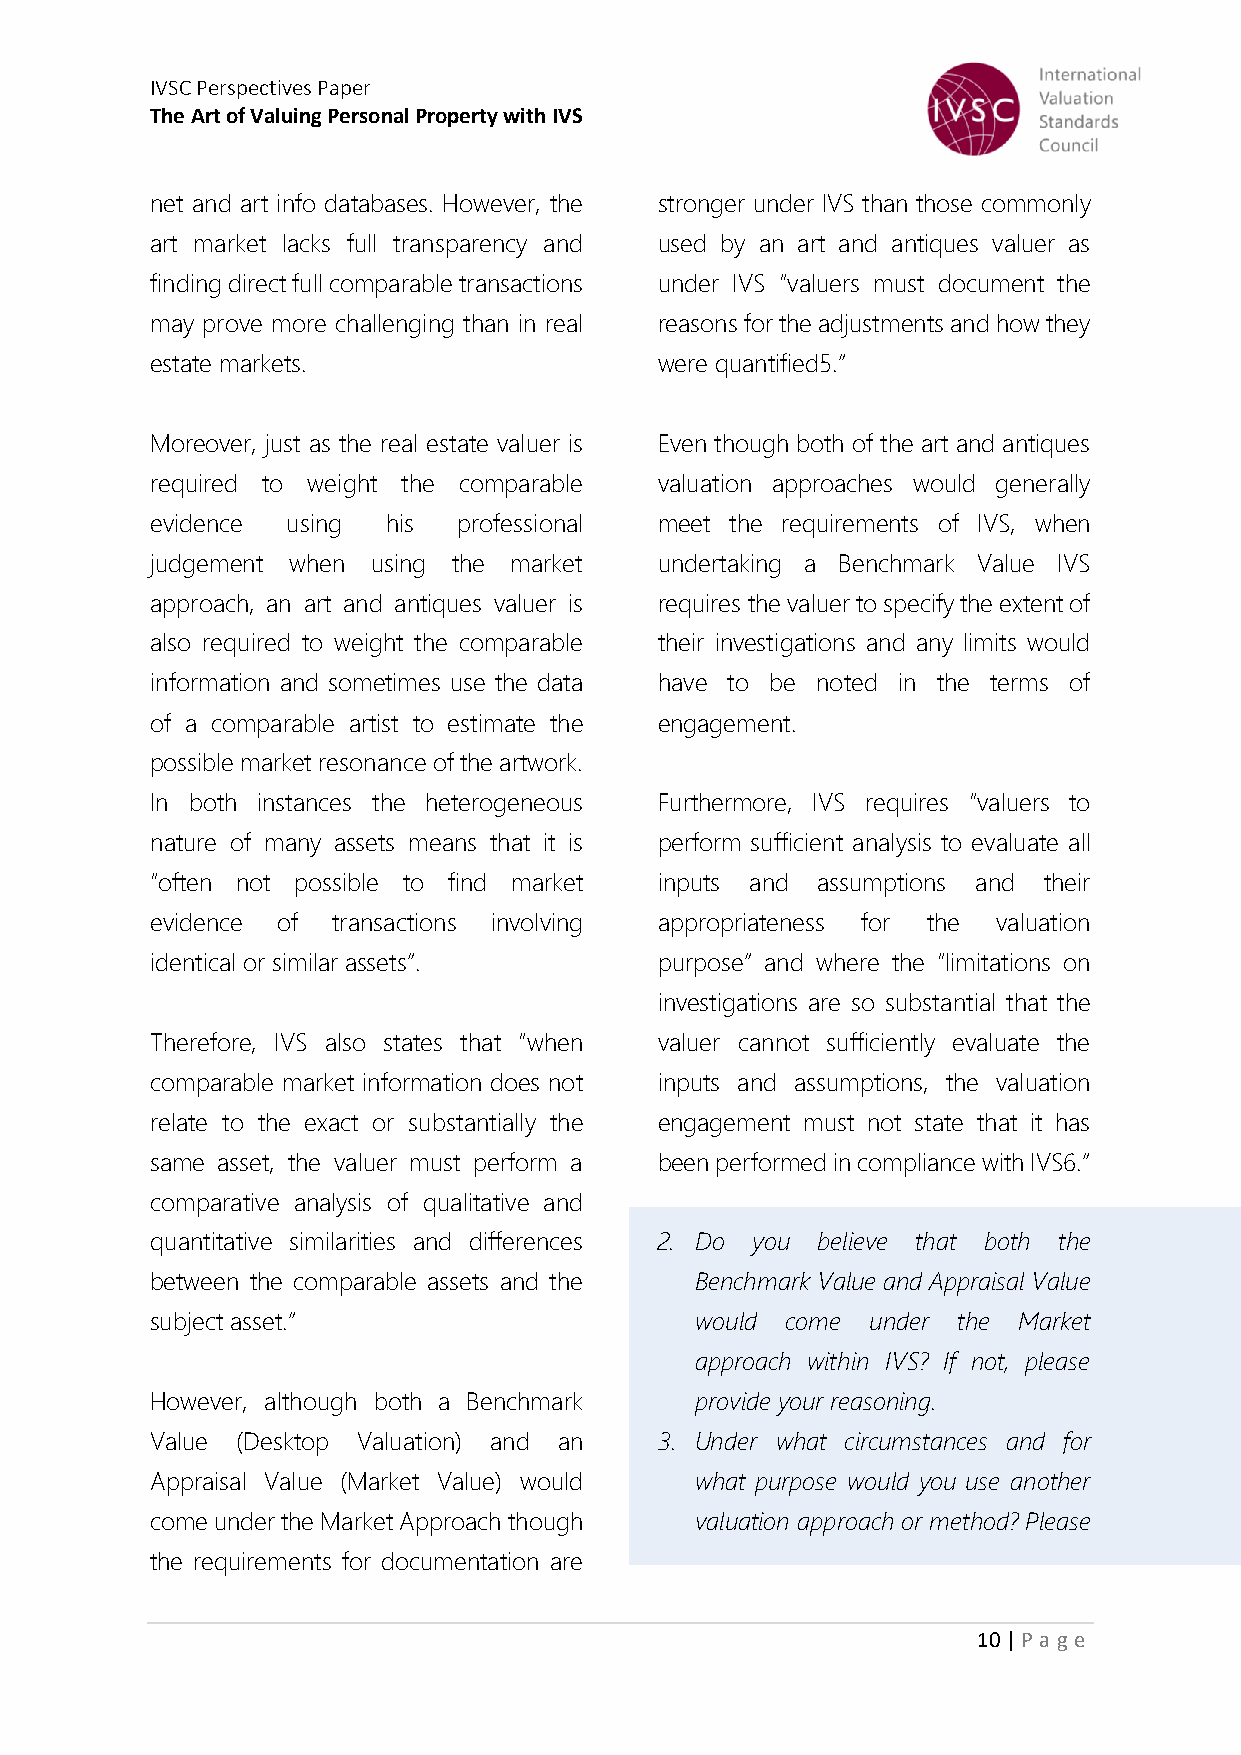
IVSC Perspectives Paper
 The Art of Valuing Personal Property with IVS
 net and art info databases. However, the stronger under IVS than those commonly
 art market lacks full transparency and used by an art and antiques valuer as
 finding direct full comparable transactions under IVS “valuers must document the
 may prove more challenging than in real reasons for the adjustments and how they
 estate markets.                   were quantified5.”
 Moreover, just as the real estate valuer is Even though both of the art and antiques
 required to weight the comparable valuation approaches would generally
 evidence using  his professional  meet the requirements of IVS, when
 judgement when using the market   undertaking a Benchmark Value IVS
 approach, an art and antiques valuer is requires the valuer to specify the extent of
 also required to weight the comparable their investigations and any limits would
 information and sometimes use the data have to be noted in the terms of
 of a comparable artist to estimate the engagement.
 possible market resonance of the artwork.
 In both instances the heterogeneous Furthermore, IVS requires “valuers to
 nature of many assets means that it is perform sufficient analysis to evaluate all
 “often not possible to find market inputs and assumptions and their
 evidence of transactions involving appropriateness for the valuation
 identical or similar assets”.     purpose” and where the “limitations on
 investigations are so substantial that the
 Therefore, IVS also states that “when valuer cannot sufficiently evaluate the
 comparable market information does not inputs and assumptions, the valuation
 relate to the exact or substantially the engagement must not state that it has
 same asset, the valuer must perform a been performed in compliance with IVS6.”
 comparative analysis of qualitative and
 quantitative similarities and differences 2. Do you believe that both the
 between the comparable assets and the Benchmark Value and Appraisal Value
 subject asset.”                     would come  under the Market
 approach within IVS? If not, please
 However, although both a Benchmark  provide your reasoning.
 Value (Desktop Valuation) and an  3. Under what circumstances and for
 Appraisal Value (Market Value) would what purpose would you use another
 come under the Market Approach though valuation approach or method? Please
 the requirements for documentation are
 10 | P age